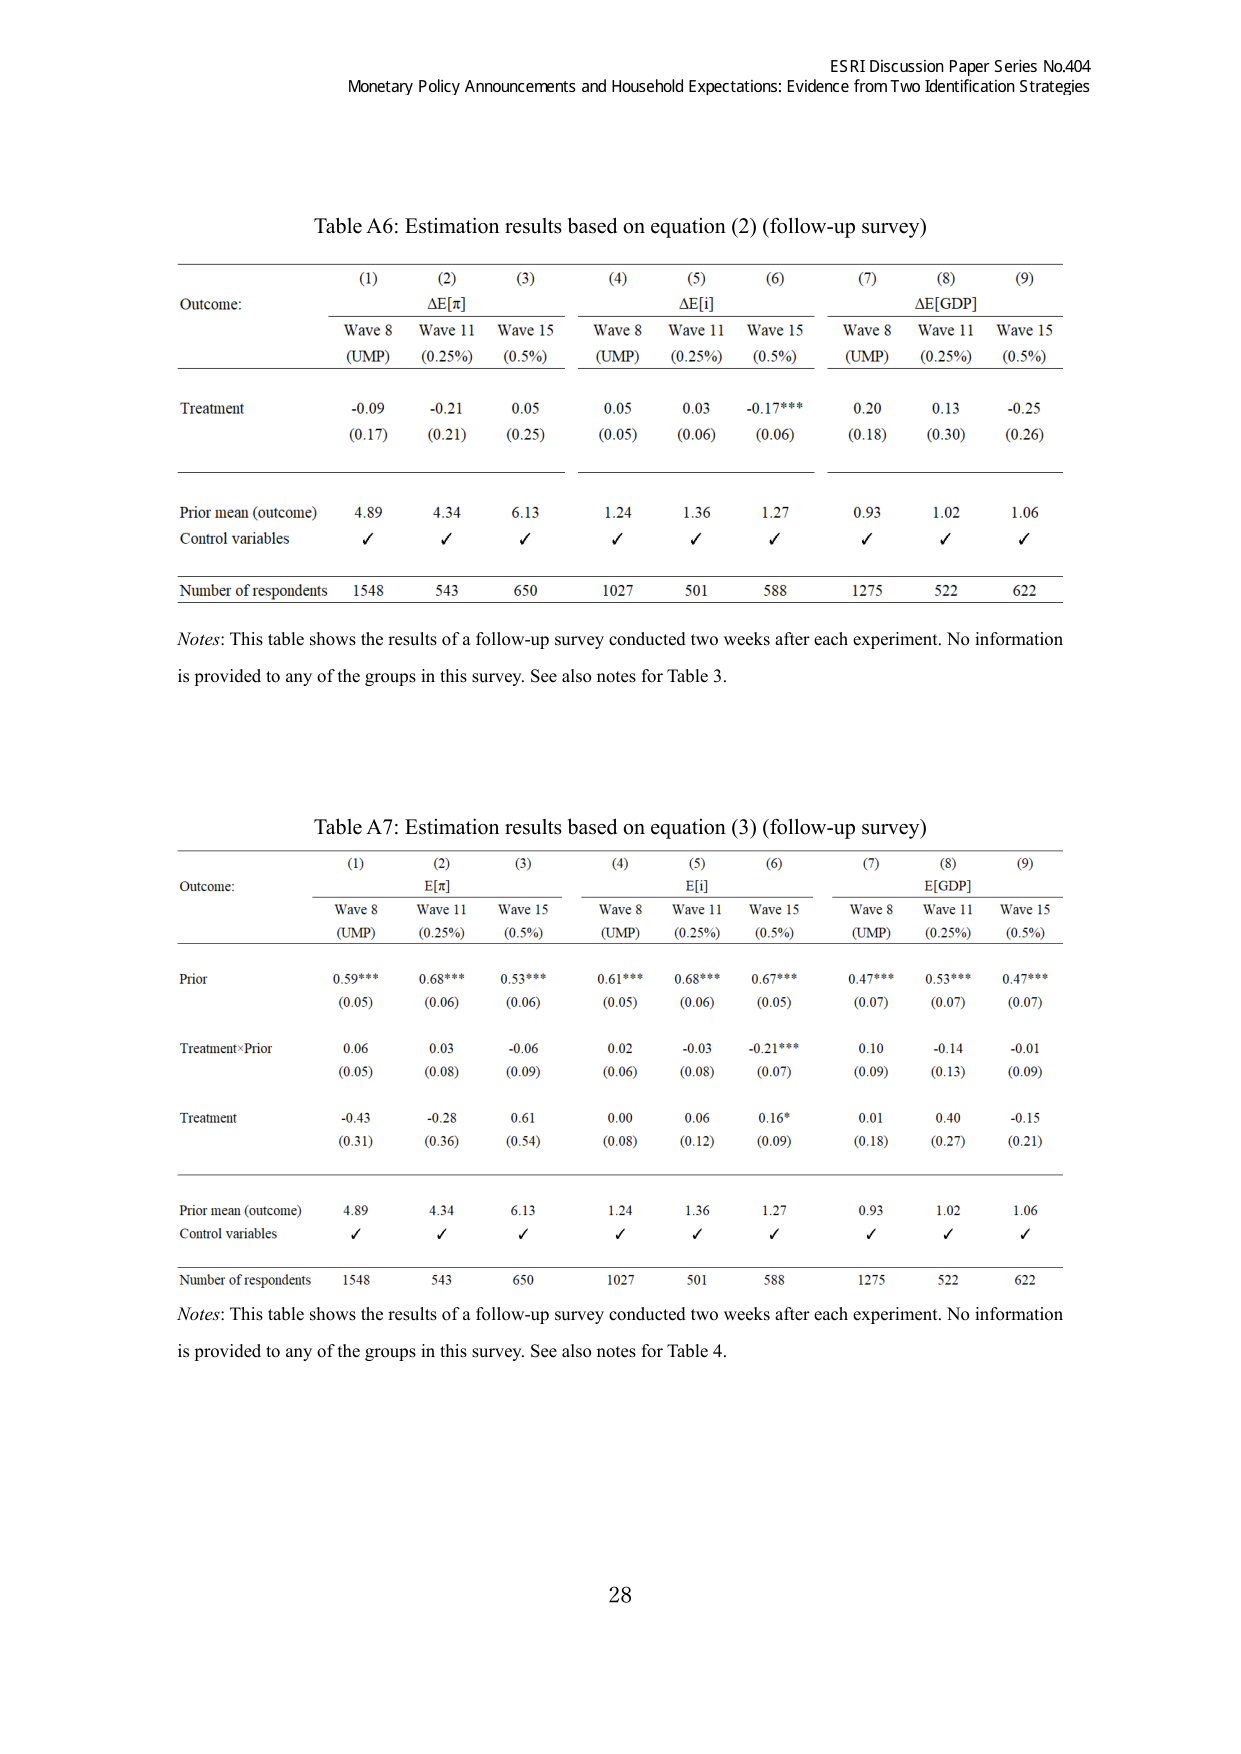
ESRI Discussion Paper Series No.404
Monetary Policy Announcements and Household Expectations: Evidence from Two Identification Strategies

Table A6: Estimation results based on equation (2) (follow-up survey)

Outcome:
(1) Wave 8 (UMP)
(2) ΔE[π] Wave 11 (0.25%)
(3) Wave 15 (0.5%)
(4) Wave 8 (UMP)
(5) ΔE[i] Wave 11 (0.25%)
(6) Wave 15 (0.5%)
(7) Wave 8 (UMP)
(8) ΔE[GDP] Wave 11 (0.25%)
(9) Wave 15 (0.5%)

Treatment
-0.09 (0.17)
-0.21 (0.21)
0.05 (0.25)
0.05 (0.05)
0.03 (0.06)
-0.17*** (0.06)
0.20 (0.18)
0.13 (0.30)
-0.25 (0.26)

Prior mean (outcome)
4.89
4.34
6.13
1.24
1.36
1.27
0.93
1.02
1.06

Control variables
✓
✓
✓
✓
✓
✓
✓
✓
✓

Number of respondents
1548
543
650
1027
501
588
1275
522
622

Notes: This table shows the results of a follow-up survey conducted two weeks after each experiment. No information is provided to any of the groups in this survey. See also notes for Table 3.

Table A7: Estimation results based on equation (3) (follow-up survey)

Outcome:
(1) Wave 8 (UMP)
(2) E[π] Wave 11 (0.25%)
(3) Wave 15 (0.5%)
(4) Wave 8 (UMP)
(5) E[i] Wave 11 (0.25%)
(6) Wave 15 (0.5%)
(7) Wave 8 (UMP)
(8) E[GDP] Wave 11 (0.25%)
(9) Wave 15 (0.5%)

Prior
0.59*** (0.05)
0.68*** (0.06)
0.53*** (0.06)
0.61*** (0.05)
0.68*** (0.06)
0.67*** (0.05)
0.47*** (0.07)
0.53*** (0.07)
0.47*** (0.07)

Treatment×Prior
0.06 (0.05)
0.03 (0.08)
-0.06 (0.09)
0.02 (0.06)
-0.03 (0.08)
-0.21*** (0.07)
0.10 (0.09)
-0.14 (0.13)
-0.01 (0.09)

Treatment
-0.43 (0.31)
-0.28 (0.36)
0.61 (0.54)
0.00 (0.08)
0.06 (0.12)
0.16* (0.09)
0.01 (0.18)
0.40 (0.27)
-0.15 (0.21)

Prior mean (outcome)
4.89
4.34
6.13
1.24
1.36
1.27
0.93
1.02
1.06

Control variables
✓
✓
✓
✓
✓
✓
✓
✓
✓

Number of respondents
1548
543
650
1027
501
588
1275
522
622

Notes: This table shows the results of a follow-up survey conducted two weeks after each experiment. No information is provided to any of the groups in this survey. See also notes for Table 4.

28